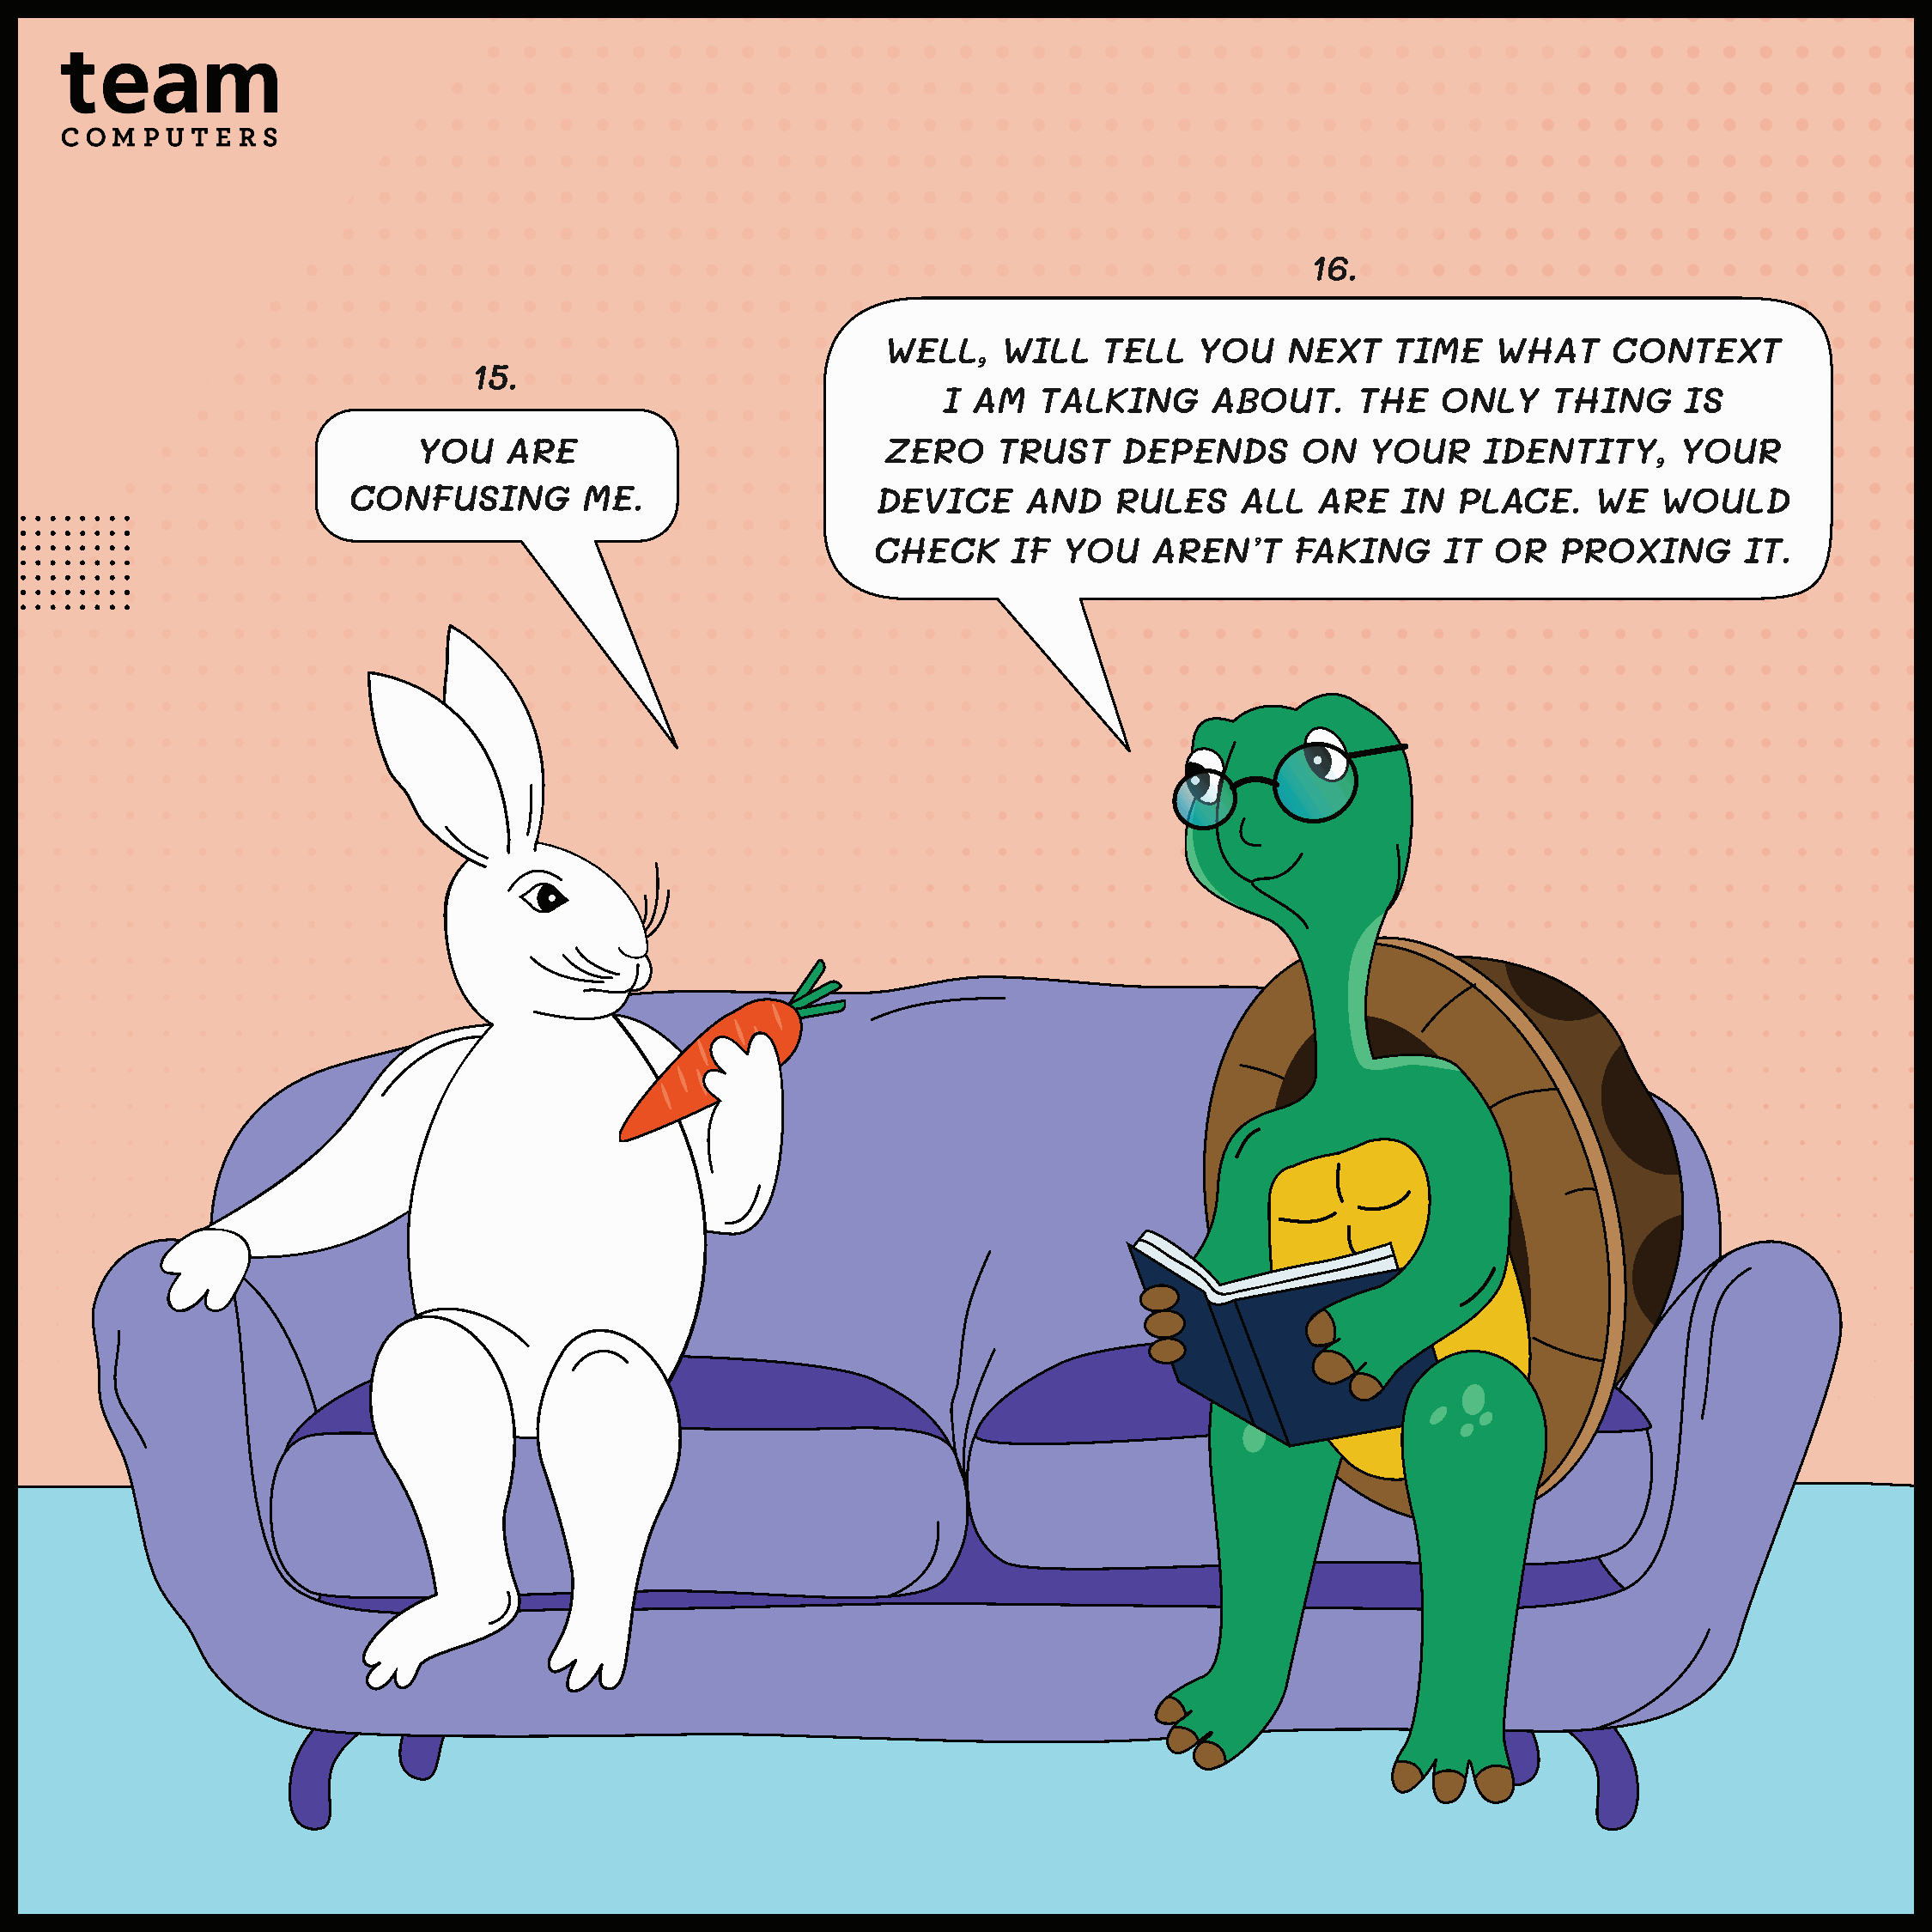
16.
 WELL,    WILL    TELL   YOU    NEXT    TIME    WHAT     CONTEXT
 15.
 I AM   TALKING      ABOUT.      THE   ONLY     THING     IS
 YOU    ARE                          ZERO     TRUST    DEPENDS       ON    YOUR    IDENTITY,       YOUR
 CONFUSING         ME.                    DEVICE     AND    RULES     ALL   ARE   IN  PLACE.     WE   WOULD
 CHECK      IF  YOU    AREN’T     FAKING     IT  OR   PROXING       IT.